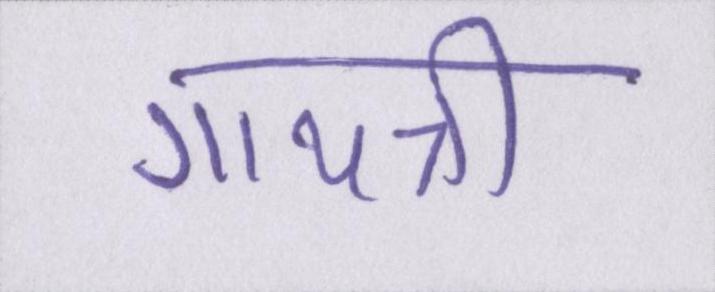
गायत्री